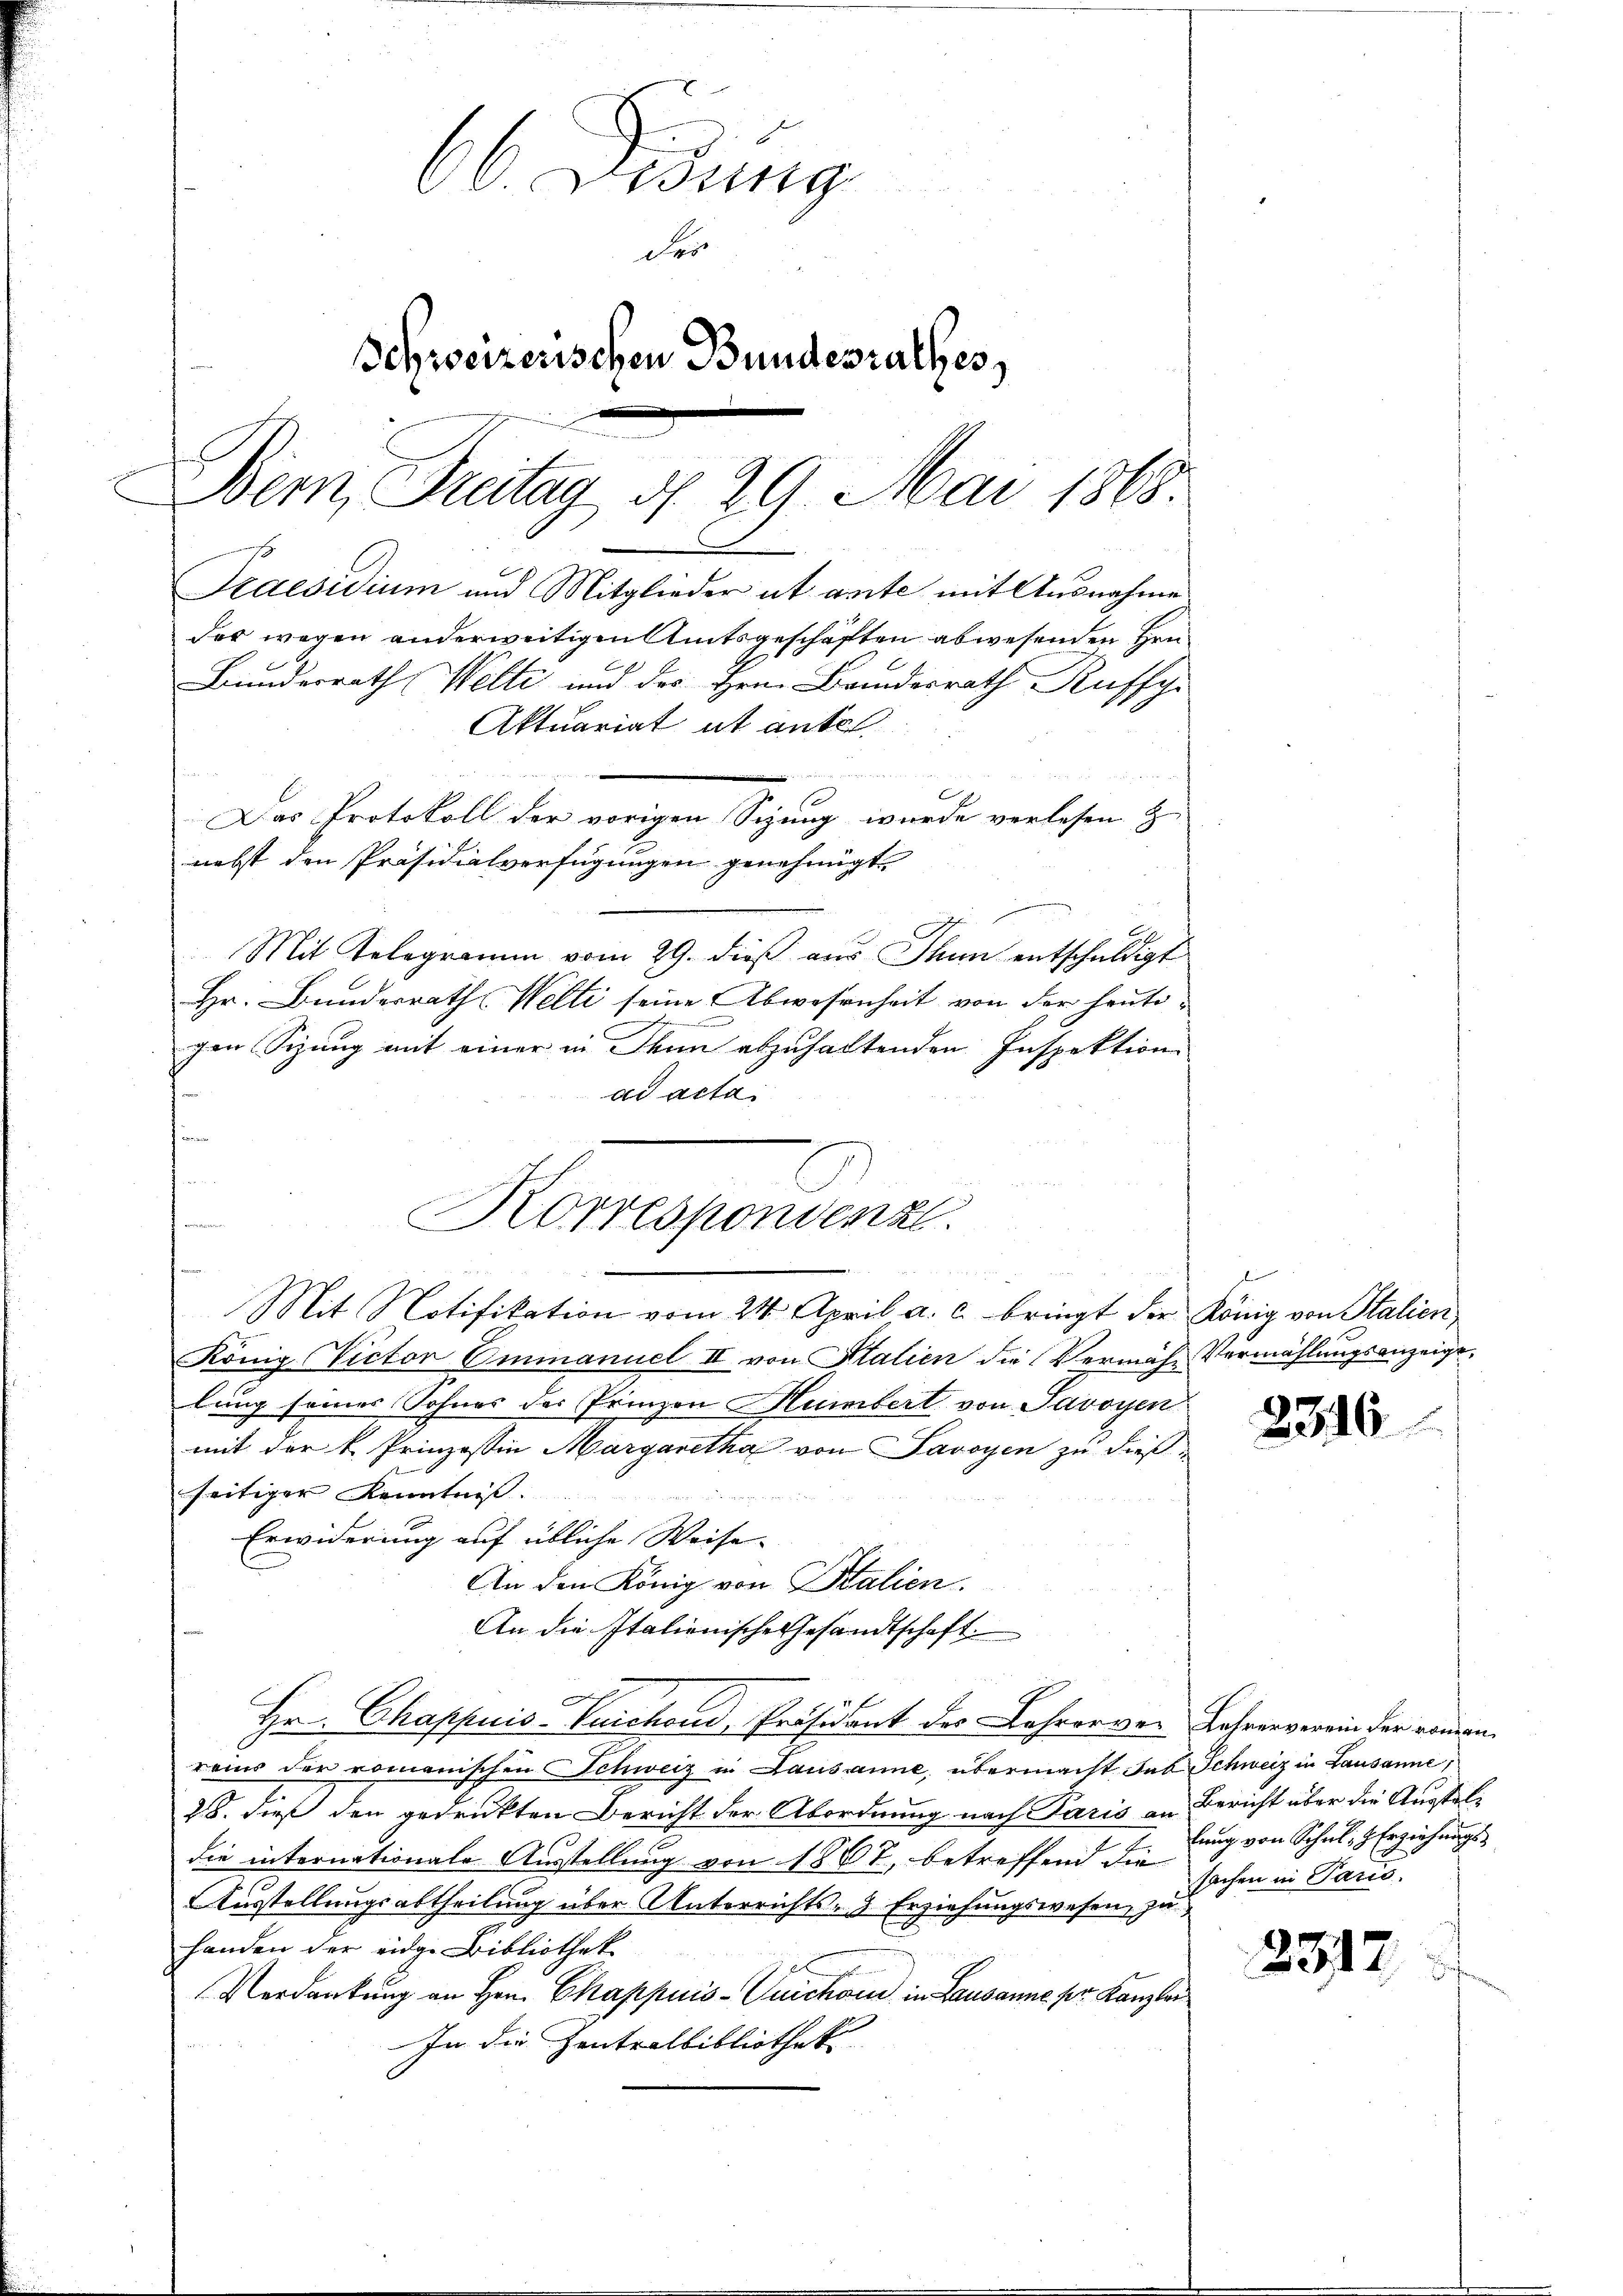
66 Didung
des
Schweizerischen Bundesrathes,
Bern, Freitag d. 29. Mai 1868.
e
Praesidium und Mitglieder at ante mit Ausnahme
der wegen anderweitigen Amtsgeschäften abwesenden Hen
Bunderrath Welti und des Herrn Brindesrath Rufsch
Aktuariat it ante.
un
Das Protokoll der vorigen Sizung wurde verlesen zu
nebst den Präsidialverfügungen genehmigt.

Mit Telegramm vom 29. dieß aus Thun entschuldigt
Hr. Bunderrath Welti seine Abwesenheit von der heute-
.
gen Sizung mit einer in Thun abzuhaltenden Inspektion
ad acta.
u

Korrespondenz
Mit Notifikation vom 24. April a. c. bringt der König von Stalien

König Victor Emmanuel II von Stalien die Vermähe Vermählungsanzeigt
lung seines Sohnes des Prinzen Humbert von Savoyen
mit der k. Prinzessin Margaretha von Savoyen zu dießseitiger Kenntniß.
Erwiderung auf übliche Weise- |
An den König von Stalien.
An die Italienische Gesandtschaft
Hr. Chappuis Vuichoud, Präsident des Lehrerver Lehrerverein der kommen.
reins der romanischen Schweiz in Lausanne, übermacht sub Schweiz in Lausanne,
28. dieß den gedrukten Bericht der Abordnung nach Paris an Bericht über die Aussteldie internationale Ausstellung von 1807, betreffend die
Ausstellungsabtheilung über Unterrichts- & Erziehungswesen, zu
Handen der eidge Bibliothek
Verdankung an Hrn. Chappuis-Quichon in Lausanne pr. Kanzler
In die Zentralbibliothek

e

2316

lung von Schul- & Erziehungssachen in Paris.

2377.